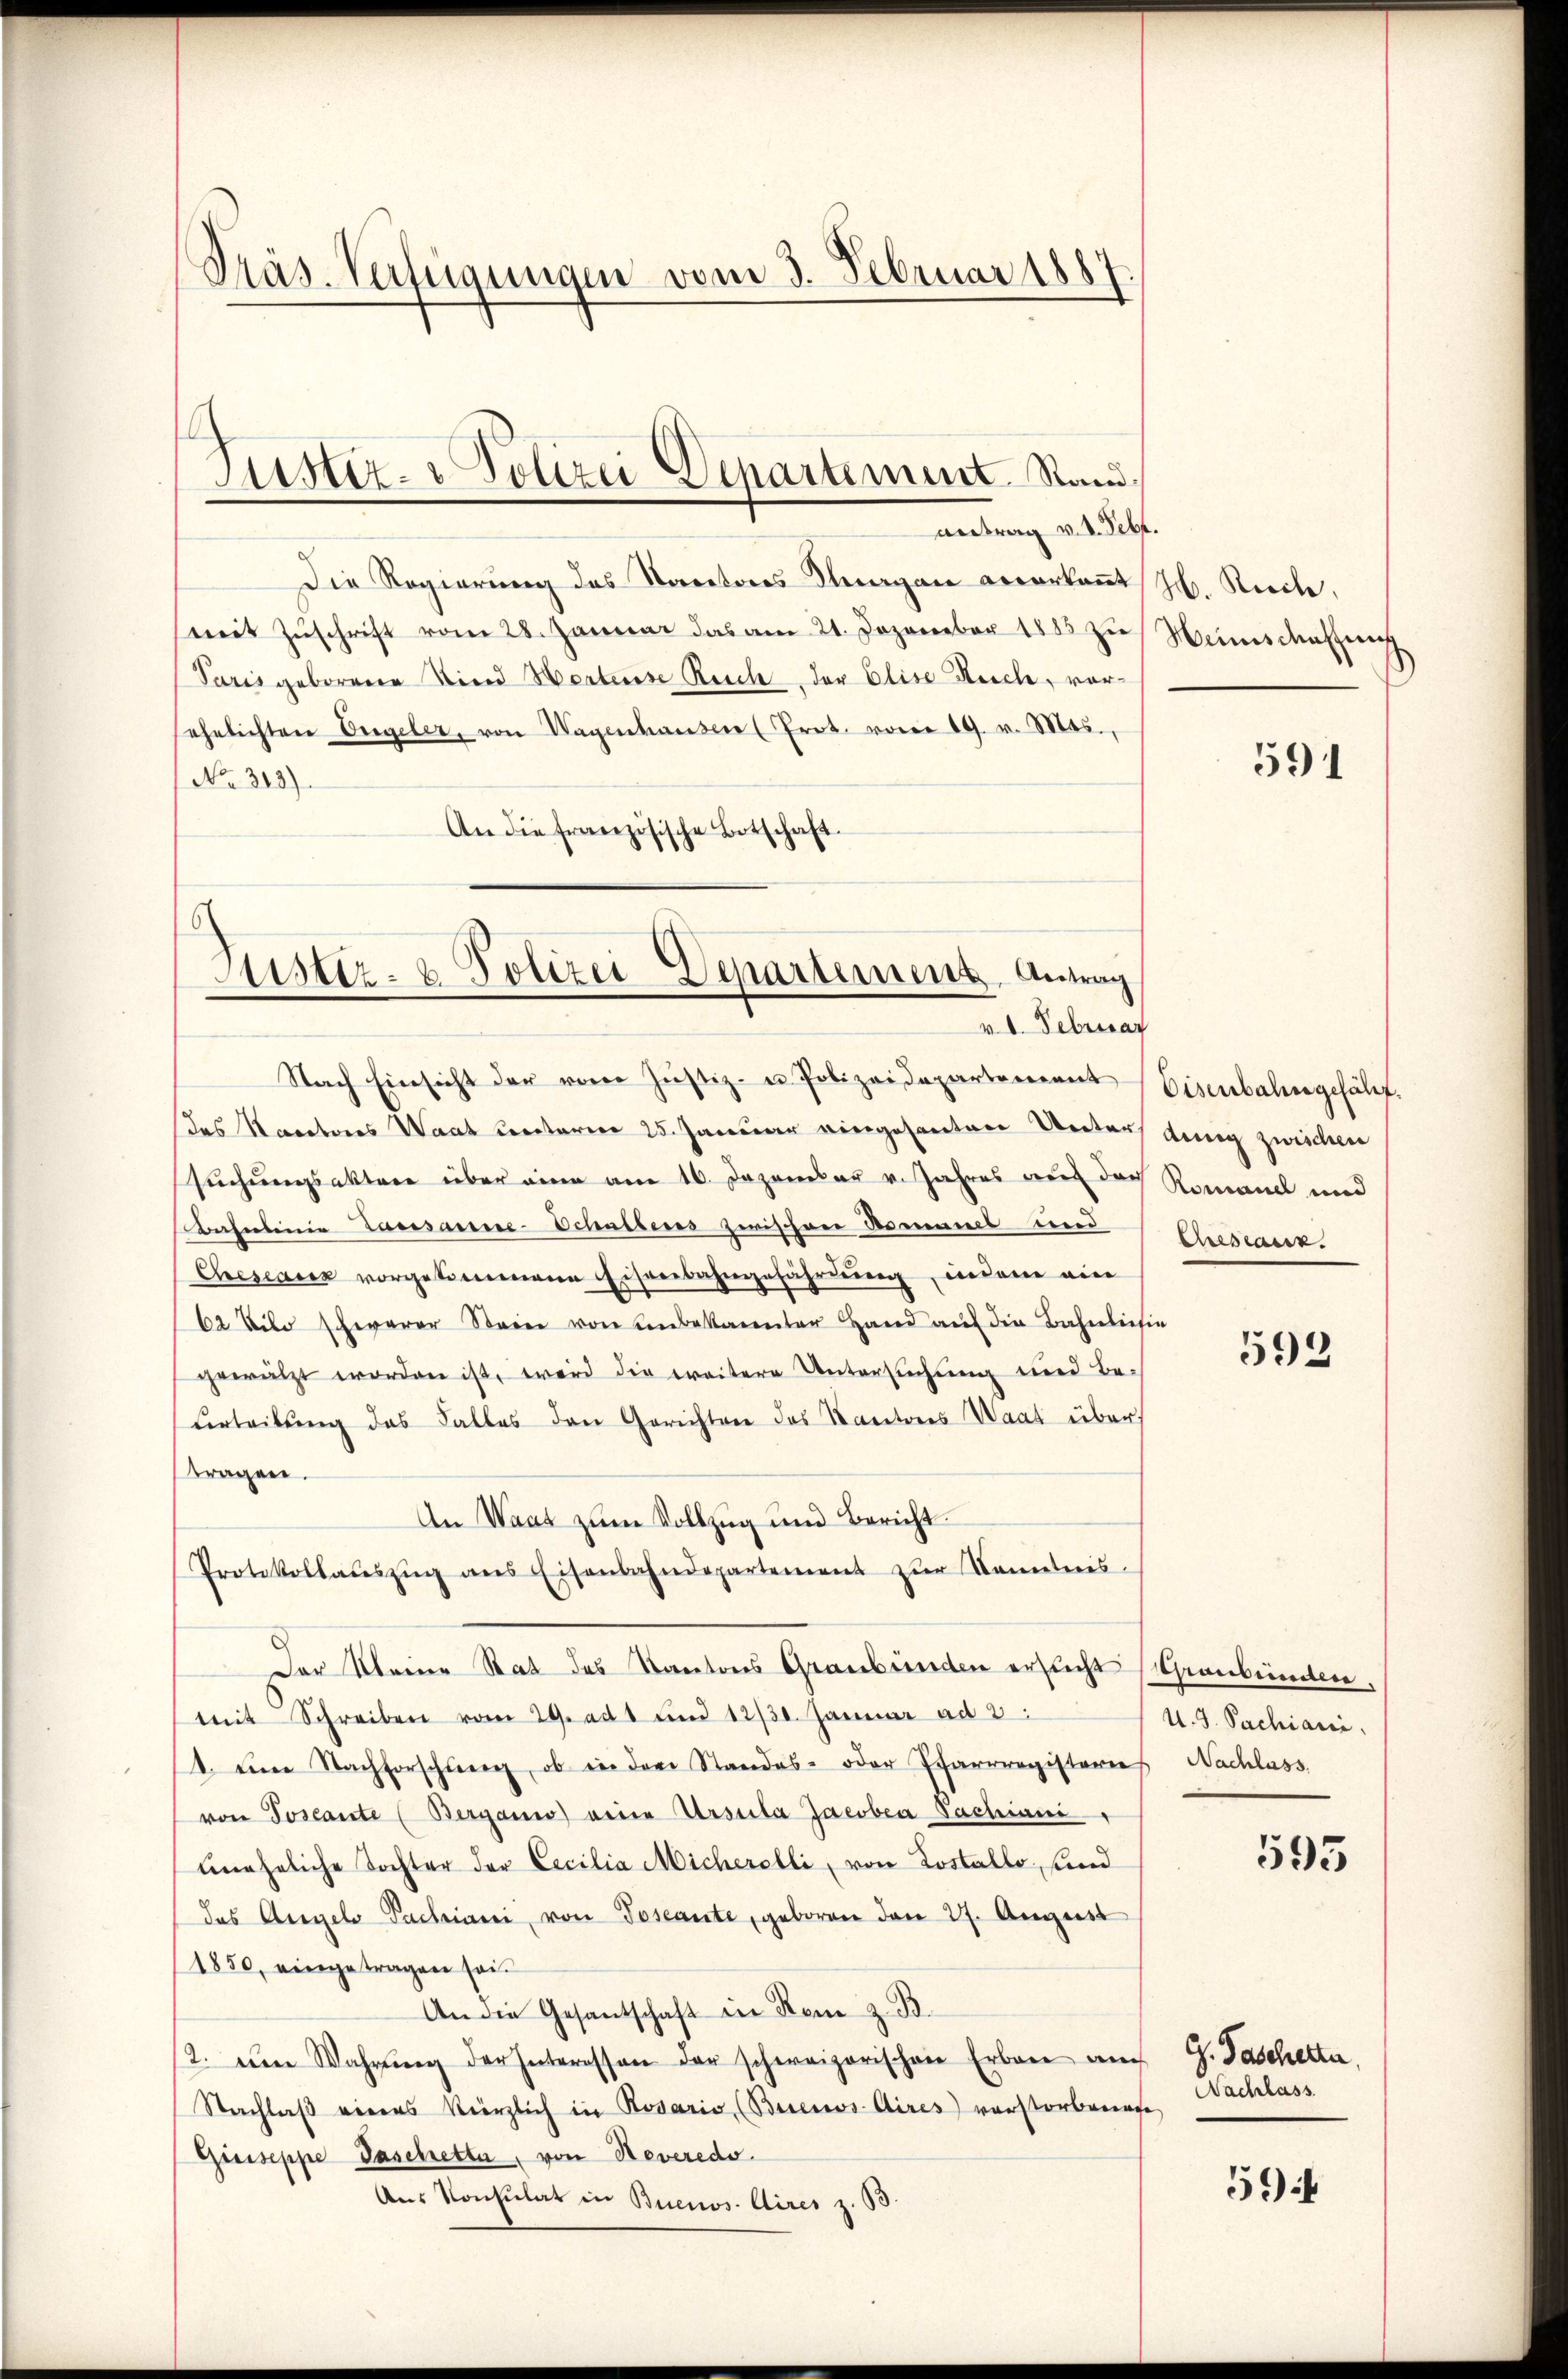
Präs. Verfügungen vom 3. Februar 1887

Die Regierung des Kantones Dragan verkaṅt Jb. Rechte,
mit Zuschrift vom 28. Januar das am 21. Dezember 1885 zu
Paris geborene Kind Worteise Reich der Elise Kirche, vorsehelichten Engeler, von Wagenhaŭsen (Prot. vom 19. v. Mts.,
No. 312).
An die französische Botschaft.

Justiz- & Polizei Departement Stand,
antrag v. d. Sebt.

Astiz- & Polizei Departement, Antrag
v. d. Februar

Nach Einsicht der vom Justiz- u. Polizeidepartement Eisenbahngefäl
das Rectores Waat unterm 25. Januar eingesanten Unter ding zwischen
suchungsaktere über eine am 16. Dezember v. Jahres auch doch Romanal und
Bahnlinie Passanie-Schaltens zwischen Romanes und
Chesearen vorgekommene Eisenbahngefährung, indem ein
62 Vilo schererer Steine von Unbekannter Hand auf die Bahnleisin
gewälzt worden ist, wird die weitere Untersuchung und Be-
verteilung das Falles den Gerichtere des Kantores Waat über
tragen.
An Waas zum Vollzug und Bericht
Protokollateszŭg ans Eisenbahndepartement zur Kenntnis.
Der Kleine Rat des Kantons Graubünden ersucht (Graubünden,
Mit Schreiben vom 29. ad 1 und 1230. Januar ad 2.
1. um Nachforschung, ob in dem Standes- oder Scharrregisteries Nachlass
von Toscante (Berganis eine Ursula Jacoben Sachiani
uneheliche Tochter der Eecilia Micherelli, von Lostallo, sind
das Angelo Pachiani, von Toscante, geboren den 27. August
1850, eingetragen sei.
An die Gesantschaft in Rom z. B.
12. Die Wahrŭng der Interessen der schweizerischen Erban auch
Nachlaβ eines Verzlich in Rosaris (Buenos-Aires) vorstorbenage
Giuseppe Taschetter, von Reveredo
Aus Konsulat in Buenos Aires z. B.

Menschaffung

591

Cescanz.

592

U. G. Sachiani,

G. Tascherte,
Nachlass

59f

593